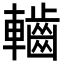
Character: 𮝱